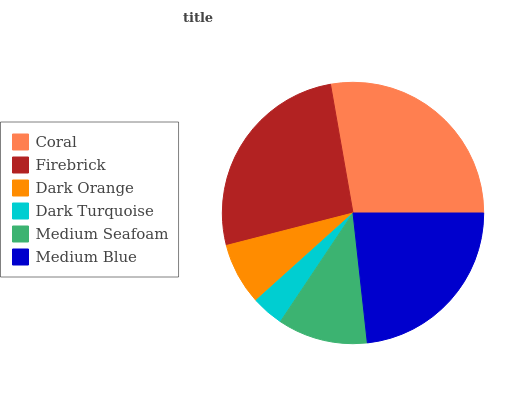
| Coral | Firebrick | Dark Orange | Dark Turquoise | Medium Seafoam | Medium Blue |
 | --- | --- | --- | --- | --- | --- |
 | 27.7% | 26.3% | 7.68% | 3.96% | 11.1% | 23.2% |